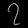
Digit: ၇